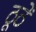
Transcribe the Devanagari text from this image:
ठूठें